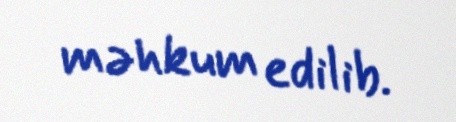
məhkum edilib.